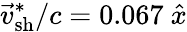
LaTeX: {\vec{v}}_{\mathrm{sh}}^{\ast}/c=0.067~\hat{x}